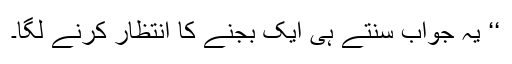
‘‘ یہ جواب سنتے ہی ایک بجنے کا انتظار کرنے لگا۔